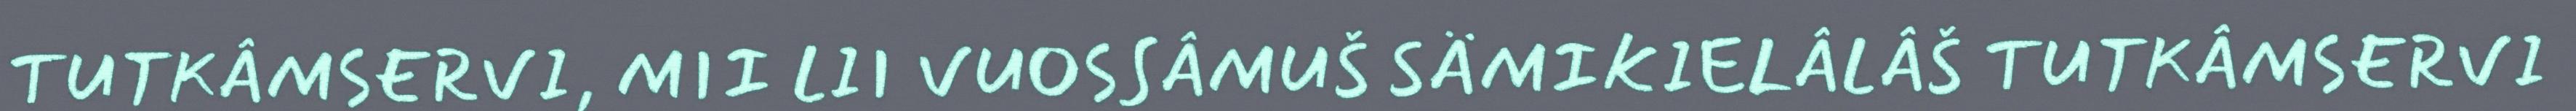
TUTKÂMSERVI, MII LII VUOSSÂMUŠ SÄMIKIELÂLÂŠ TUTKÂMSERVI